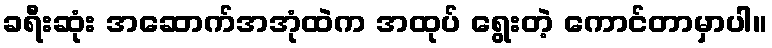
ခရီးဆုံး အဆောက်အအုံထဲက အထုပ် ရွေးတဲ့ ကောင်တာမှာပါ။